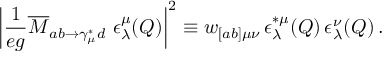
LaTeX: \left| \frac { 1 } { e g } \overline { { { M } } } _ { a b \rightarrow \gamma _ { \mu } ^ { * } d } \ \epsilon _ { \lambda } ^ { \mu } ( Q ) \right| ^ { 2 } \equiv w _ { [ a b ] \mu \nu } \, \epsilon _ { \lambda } ^ { * \mu } ( Q ) \, \epsilon _ { \lambda } ^ { \nu } ( Q ) \, .